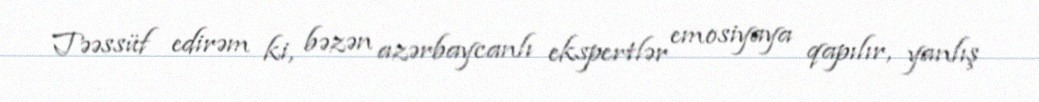
Təəssüf edirəm ki, bəzən azərbaycanlı ekspertlər emosiyaya qapılır, yanlış